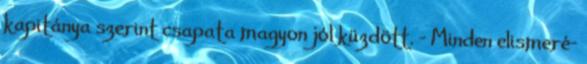
kapitánya szerint csapata magyon jól küzdött. – Minden elismeré-